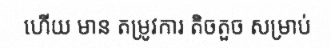
ហើយ មាន តម្រូវការ តិចតួច សម្រាប់